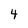
Character: 4